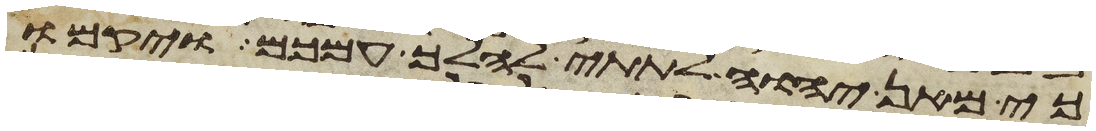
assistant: כי מאן יהוה לתתי להלך עמכם ויקמו